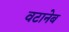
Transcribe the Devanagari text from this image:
वटानेब